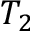
T _ { 2 }